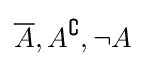
{\overline {A}},A^{\complement },\neg A